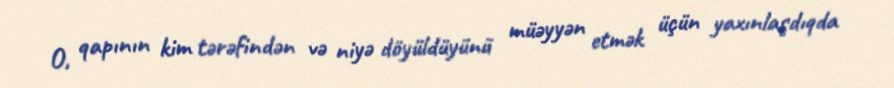
O, qapının kim tərəfindən və niyə döyüldüyünü müəyyən etmək üçün yaxınlaşdıqda